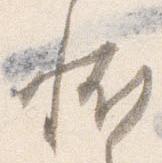
恠